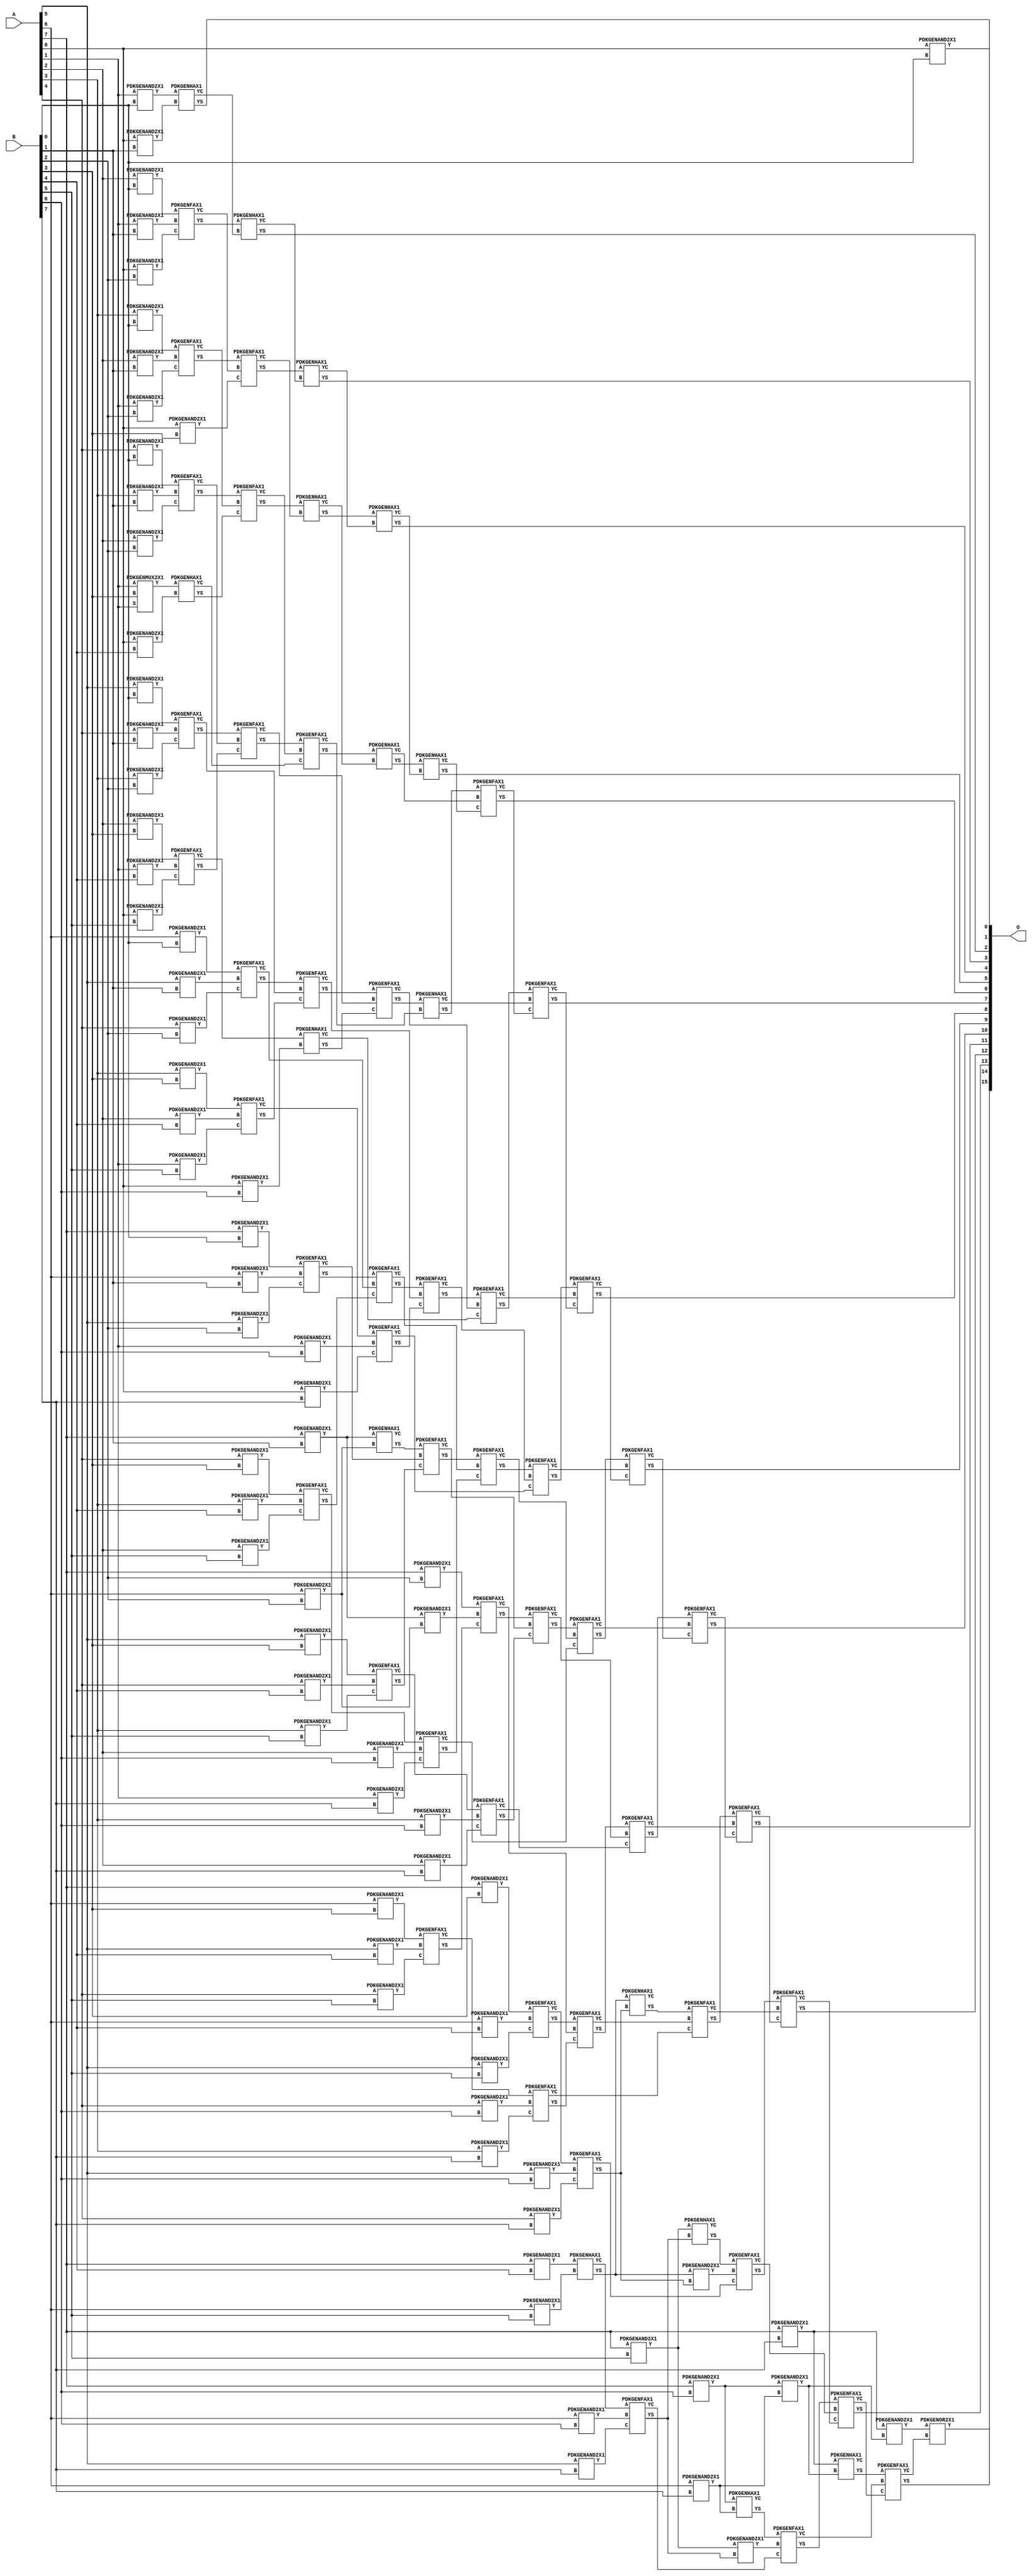
// Library = EvoApprox8b
// Circuit = mul8_027
// Area   (180) = 9176
// Delay  (180) = 3.530
// Power  (180) = 5074.60
// Area   (45) = 660
// Delay  (45) = 1.350
// Power  (45) = 438.60
// Nodes = 133
// HD = 0
// MAE = 0.00000
// MSE = 0.00000
// MRE = 0.00 %
// WCE = 0
// WCRE = 0 %
// EP = 0.0 %

module mul8_027(A, B, O);
  input [7:0] A;
  input [7:0] B;
  output [15:0] O;
  wire [2031:0] N;

  assign N[0] = A[0];
  assign N[1] = A[0];
  assign N[2] = A[1];
  assign N[3] = A[1];
  assign N[4] = A[2];
  assign N[5] = A[2];
  assign N[6] = A[3];
  assign N[7] = A[3];
  assign N[8] = A[4];
  assign N[9] = A[4];
  assign N[10] = A[5];
  assign N[11] = A[5];
  assign N[12] = A[6];
  assign N[13] = A[6];
  assign N[14] = A[7];
  assign N[15] = A[7];
  assign N[16] = B[0];
  assign N[17] = B[0];
  assign N[18] = B[1];
  assign N[19] = B[1];
  assign N[20] = B[2];
  assign N[21] = B[2];
  assign N[22] = B[3];
  assign N[23] = B[3];
  assign N[24] = B[4];
  assign N[25] = B[4];
  assign N[26] = B[5];
  assign N[27] = B[5];
  assign N[28] = B[6];
  assign N[29] = B[6];
  assign N[30] = B[7];
  assign N[31] = B[7];

  PDKGENAND2X1 n32(.A(N[0]), .B(N[16]), .Y(N[32]));
  PDKGENAND2X1 n46(.A(N[2]), .B(N[16]), .Y(N[46]));
  PDKGENAND2X1 n60(.A(N[4]), .B(N[16]), .Y(N[60]));
  PDKGENAND2X1 n76(.A(N[6]), .B(N[16]), .Y(N[76]));
  PDKGENAND2X1 n90(.A(N[8]), .B(N[16]), .Y(N[90]));
  PDKGENAND2X1 n106(.A(N[10]), .B(N[16]), .Y(N[106]));
  PDKGENAND2X1 n120(.A(N[12]), .B(N[16]), .Y(N[120]));
  assign N[121] = N[120];
  PDKGENAND2X1 n134(.A(N[14]), .B(N[16]), .Y(N[134]));
  PDKGENAND2X1 n150(.A(N[0]), .B(N[18]), .Y(N[150]));
  PDKGENAND2X1 n164(.A(N[2]), .B(N[18]), .Y(N[164]));
  PDKGENAND2X1 n180(.A(N[4]), .B(N[18]), .Y(N[180]));
  PDKGENAND2X1 n194(.A(N[6]), .B(N[18]), .Y(N[194]));
  PDKGENAND2X1 n208(.A(N[8]), .B(N[18]), .Y(N[208]));
  PDKGENAND2X1 n224(.A(N[10]), .B(N[18]), .Y(N[224]));
  PDKGENAND2X1 n238(.A(N[12]), .B(N[18]), .Y(N[238]));
  PDKGENAND2X1 n254(.A(N[14]), .B(N[18]), .Y(N[254]));
  PDKGENAND2X1 n268(.A(N[0]), .B(N[20]), .Y(N[268]));
  PDKGENAND2X1 n282(.A(N[2]), .B(N[20]), .Y(N[282]));
  PDKGENAND2X1 n298(.A(N[4]), .B(N[20]), .Y(N[298]));
  PDKGENAND2X1 n312(.A(N[6]), .B(N[20]), .Y(N[312]));
  PDKGENAND2X1 n328(.A(N[8]), .B(N[20]), .Y(N[328]));
  assign N[329] = N[328];
  PDKGENAND2X1 n342(.A(N[10]), .B(N[20]), .Y(N[342]));
  assign N[343] = N[342];
  PDKGENAND2X1 n356(.A(N[12]), .B(N[20]), .Y(N[356]));
  PDKGENAND2X1 n372(.A(N[14]), .B(N[20]), .Y(N[372]));
  PDKGENAND2X1 n386(.A(N[0]), .B(N[22]), .Y(N[386]));
  PDKGENMUX2X1 n402(.A(N[2]), .B(N[22]), .S(N[2]), .Y(N[402]));
  PDKGENAND2X1 n416(.A(N[4]), .B(N[22]), .Y(N[416]));
  PDKGENAND2X1 n432(.A(N[6]), .B(N[22]), .Y(N[432]));
  PDKGENAND2X1 n446(.A(N[8]), .B(N[22]), .Y(N[446]));
  PDKGENAND2X1 n460(.A(N[10]), .B(N[22]), .Y(N[460]));
  PDKGENAND2X1 n476(.A(N[12]), .B(N[22]), .Y(N[476]));
  PDKGENAND2X1 n490(.A(N[14]), .B(N[22]), .Y(N[490]));
  PDKGENAND2X1 n506(.A(N[0]), .B(N[24]), .Y(N[506]));
  PDKGENAND2X1 n520(.A(N[2]), .B(N[24]), .Y(N[520]));
  PDKGENAND2X1 n534(.A(N[4]), .B(N[24]), .Y(N[534]));
  PDKGENAND2X1 n550(.A(N[6]), .B(N[24]), .Y(N[550]));
  PDKGENAND2X1 n564(.A(N[8]), .B(N[24]), .Y(N[564]));
  PDKGENAND2X1 n580(.A(N[10]), .B(N[24]), .Y(N[580]));
  PDKGENAND2X1 n594(.A(N[12]), .B(N[24]), .Y(N[594]));
  PDKGENAND2X1 n608(.A(N[14]), .B(N[24]), .Y(N[608]));
  PDKGENAND2X1 n624(.A(N[0]), .B(N[26]), .Y(N[624]));
  PDKGENAND2X1 n638(.A(N[2]), .B(N[26]), .Y(N[638]));
  PDKGENAND2X1 n654(.A(N[4]), .B(N[26]), .Y(N[654]));
  PDKGENAND2X1 n668(.A(N[6]), .B(N[26]), .Y(N[668]));
  PDKGENAND2X1 n682(.A(N[8]), .B(N[26]), .Y(N[682]));
  PDKGENAND2X1 n698(.A(N[10]), .B(N[26]), .Y(N[698]));
  PDKGENAND2X1 n712(.A(N[12]), .B(N[26]), .Y(N[712]));
  PDKGENAND2X1 n728(.A(N[14]), .B(N[26]), .Y(N[728]));
  PDKGENAND2X1 n742(.A(N[0]), .B(N[28]), .Y(N[742]));
  PDKGENAND2X1 n756(.A(N[2]), .B(N[28]), .Y(N[756]));
  PDKGENAND2X1 n772(.A(N[4]), .B(N[28]), .Y(N[772]));
  PDKGENAND2X1 n786(.A(N[6]), .B(N[28]), .Y(N[786]));
  PDKGENAND2X1 n802(.A(N[8]), .B(N[28]), .Y(N[802]));
  PDKGENAND2X1 n816(.A(N[10]), .B(N[28]), .Y(N[816]));
  PDKGENAND2X1 n832(.A(N[12]), .B(N[28]), .Y(N[832]));
  PDKGENAND2X1 n846(.A(N[14]), .B(N[28]), .Y(N[846]));
  PDKGENAND2X1 n860(.A(N[0]), .B(N[30]), .Y(N[860]));
  PDKGENAND2X1 n876(.A(N[2]), .B(N[30]), .Y(N[876]));
  PDKGENAND2X1 n890(.A(N[4]), .B(N[30]), .Y(N[890]));
  PDKGENAND2X1 n906(.A(N[6]), .B(N[30]), .Y(N[906]));
  PDKGENAND2X1 n920(.A(N[8]), .B(N[30]), .Y(N[920]));
  PDKGENAND2X1 n934(.A(N[10]), .B(N[30]), .Y(N[934]));
  PDKGENAND2X1 n950(.A(N[12]), .B(N[30]), .Y(N[950]));
  PDKGENAND2X1 n964(.A(N[14]), .B(N[30]), .Y(N[964]));
  PDKGENHAX1 n980(.A(N[46]), .B(N[150]), .YS(N[980]), .YC(N[981]));
  PDKGENFAX1 n994(.A(N[60]), .B(N[164]), .C(N[268]), .YS(N[994]), .YC(N[995]));
  PDKGENFAX1 n1008(.A(N[76]), .B(N[180]), .C(N[282]), .YS(N[1008]), .YC(N[1009]));
  PDKGENFAX1 n1024(.A(N[90]), .B(N[194]), .C(N[298]), .YS(N[1024]), .YC(N[1025]));
  PDKGENFAX1 n1038(.A(N[106]), .B(N[208]), .C(N[312]), .YS(N[1038]), .YC(N[1039]));
  PDKGENFAX1 n1054(.A(N[121]), .B(N[224]), .C(N[329]), .YS(N[1054]), .YC(N[1055]));
  PDKGENFAX1 n1068(.A(N[134]), .B(N[238]), .C(N[343]), .YS(N[1068]), .YC(N[1069]));
  PDKGENAND2X1 n1082(.A(N[254]), .B(N[356]), .Y(N[1082]));
  PDKGENHAX1 n1098(.A(N[254]), .B(N[356]), .YS(N[1098]), .YC(N[1099]));
  PDKGENHAX1 n1112(.A(N[402]), .B(N[506]), .YS(N[1112]), .YC(N[1113]));
  PDKGENFAX1 n1128(.A(N[416]), .B(N[520]), .C(N[624]), .YS(N[1128]), .YC(N[1129]));
  PDKGENFAX1 n1142(.A(N[432]), .B(N[534]), .C(N[638]), .YS(N[1142]), .YC(N[1143]));
  PDKGENFAX1 n1156(.A(N[446]), .B(N[550]), .C(N[654]), .YS(N[1156]), .YC(N[1157]));
  PDKGENFAX1 n1172(.A(N[460]), .B(N[564]), .C(N[668]), .YS(N[1172]), .YC(N[1173]));
  PDKGENFAX1 n1186(.A(N[476]), .B(N[580]), .C(N[682]), .YS(N[1186]), .YC(N[1187]));
  PDKGENFAX1 n1202(.A(N[490]), .B(N[594]), .C(N[698]), .YS(N[1202]), .YC(N[1203]));
  PDKGENHAX1 n1232(.A(N[608]), .B(N[712]), .YS(N[1232]), .YC(N[1233]));
  PDKGENHAX1 n1246(.A(N[994]), .B(N[981]), .YS(N[1246]), .YC(N[1247]));
  PDKGENFAX1 n1260(.A(N[1008]), .B(N[995]), .C(N[386]), .YS(N[1260]), .YC(N[1261]));
  PDKGENFAX1 n1276(.A(N[1024]), .B(N[1009]), .C(N[1112]), .YS(N[1276]), .YC(N[1277]));
  PDKGENFAX1 n1290(.A(N[1038]), .B(N[1025]), .C(N[1128]), .YS(N[1290]), .YC(N[1291]));
  PDKGENFAX1 n1306(.A(N[1054]), .B(N[1039]), .C(N[1142]), .YS(N[1306]), .YC(N[1307]));
  PDKGENFAX1 n1320(.A(N[1068]), .B(N[1055]), .C(N[1156]), .YS(N[1320]), .YC(N[1321]));
  PDKGENFAX1 n1334(.A(N[1098]), .B(N[1069]), .C(N[1172]), .YS(N[1334]), .YC(N[1335]));
  PDKGENFAX1 n1350(.A(N[372]), .B(N[1082]), .C(N[1186]), .YS(N[1350]), .YC(N[1351]));
  PDKGENHAX1 n1364(.A(N[1129]), .B(N[742]), .YS(N[1364]), .YC(N[1365]));
  PDKGENFAX1 n1380(.A(N[1143]), .B(N[756]), .C(N[860]), .YS(N[1380]), .YC(N[1381]));
  PDKGENFAX1 n1394(.A(N[1157]), .B(N[772]), .C(N[876]), .YS(N[1394]), .YC(N[1395]));
  PDKGENFAX1 n1408(.A(N[1173]), .B(N[786]), .C(N[890]), .YS(N[1408]), .YC(N[1409]));
  PDKGENFAX1 n1424(.A(N[1187]), .B(N[802]), .C(N[906]), .YS(N[1424]), .YC(N[1425]));
  PDKGENFAX1 n1438(.A(N[1203]), .B(N[816]), .C(N[920]), .YS(N[1438]), .YC(N[1439]));
  PDKGENFAX1 n1454(.A(N[1233]), .B(N[832]), .C(N[934]), .YS(N[1454]), .YC(N[1455]));
  PDKGENAND2X1 n1468(.A(N[846]), .B(N[950]), .Y(N[1468]));
  PDKGENHAX1 n1482(.A(N[846]), .B(N[950]), .YS(N[1482]), .YC(N[1483]));
  PDKGENHAX1 n1498(.A(N[1260]), .B(N[1247]), .YS(N[1498]), .YC(N[1499]));
  PDKGENHAX1 n1512(.A(N[1276]), .B(N[1261]), .YS(N[1512]), .YC(N[1513]));
  PDKGENFAX1 n1528(.A(N[1290]), .B(N[1277]), .C(N[1113]), .YS(N[1528]), .YC(N[1529]));
  PDKGENFAX1 n1542(.A(N[1306]), .B(N[1291]), .C(N[1364]), .YS(N[1542]), .YC(N[1543]));
  PDKGENFAX1 n1556(.A(N[1320]), .B(N[1307]), .C(N[1380]), .YS(N[1556]), .YC(N[1557]));
  PDKGENFAX1 n1572(.A(N[1334]), .B(N[1321]), .C(N[1394]), .YS(N[1572]), .YC(N[1573]));
  PDKGENFAX1 n1586(.A(N[1350]), .B(N[1335]), .C(N[1408]), .YS(N[1586]), .YC(N[1587]));
  PDKGENFAX1 n1602(.A(N[1202]), .B(N[1351]), .C(N[1424]), .YS(N[1602]), .YC(N[1603]));
  PDKGENAND2X1 n1616(.A(N[1232]), .B(N[1438]), .Y(N[1616]));
  PDKGENHAX1 n1632(.A(N[1232]), .B(N[1438]), .YS(N[1632]), .YC(N[1633]));
  PDKGENAND2X1 n1646(.A(N[728]), .B(N[1454]), .Y(N[1646]));
  PDKGENHAX1 n1660(.A(N[728]), .B(N[1454]), .YS(N[1660]), .YC(N[1661]));
  PDKGENHAX1 n1676(.A(N[1512]), .B(N[1499]), .YS(N[1676]), .YC(N[1677]));
  PDKGENHAX1 n1690(.A(N[1528]), .B(N[1513]), .YS(N[1690]), .YC(N[1691]));
  PDKGENHAX1 n1706(.A(N[1542]), .B(N[1529]), .YS(N[1706]), .YC(N[1707]));
  PDKGENFAX1 n1720(.A(N[1556]), .B(N[1543]), .C(N[1365]), .YS(N[1720]), .YC(N[1721]));
  PDKGENFAX1 n1734(.A(N[1572]), .B(N[1557]), .C(N[1381]), .YS(N[1734]), .YC(N[1735]));
  PDKGENFAX1 n1750(.A(N[1586]), .B(N[1573]), .C(N[1395]), .YS(N[1750]), .YC(N[1751]));
  PDKGENFAX1 n1764(.A(N[1602]), .B(N[1587]), .C(N[1409]), .YS(N[1764]), .YC(N[1765]));
  PDKGENFAX1 n1780(.A(N[1632]), .B(N[1603]), .C(N[1425]), .YS(N[1780]), .YC(N[1781]));
  PDKGENFAX1 n1794(.A(N[1660]), .B(N[1616]), .C(N[1439]), .YS(N[1794]), .YC(N[1795]));
  PDKGENFAX1 n1808(.A(N[1482]), .B(N[1646]), .C(N[1455]), .YS(N[1808]), .YC(N[1809]));
  PDKGENAND2X1 n1824(.A(N[964]), .B(N[1468]), .Y(N[1824]));
  PDKGENHAX1 n1838(.A(N[964]), .B(N[1468]), .YS(N[1838]), .YC(N[1839]));
  PDKGENHAX1 n1854(.A(N[1690]), .B(N[1677]), .YS(N[1854]), .YC(N[1855]));
  PDKGENFAX1 n1868(.A(N[1706]), .B(N[1691]), .C(N[1855]), .YS(N[1868]), .YC(N[1869]));
  PDKGENFAX1 n1882(.A(N[1720]), .B(N[1707]), .C(N[1869]), .YS(N[1882]), .YC(N[1883]));
  PDKGENFAX1 n1898(.A(N[1734]), .B(N[1721]), .C(N[1883]), .YS(N[1898]), .YC(N[1899]));
  PDKGENFAX1 n1912(.A(N[1750]), .B(N[1735]), .C(N[1899]), .YS(N[1912]), .YC(N[1913]));
  PDKGENFAX1 n1928(.A(N[1764]), .B(N[1751]), .C(N[1913]), .YS(N[1928]), .YC(N[1929]));
  PDKGENFAX1 n1942(.A(N[1780]), .B(N[1765]), .C(N[1929]), .YS(N[1942]), .YC(N[1943]));
  PDKGENFAX1 n1956(.A(N[1794]), .B(N[1781]), .C(N[1943]), .YS(N[1956]), .YC(N[1957]));
  PDKGENFAX1 n1972(.A(N[1808]), .B(N[1795]), .C(N[1957]), .YS(N[1972]), .YC(N[1973]));
  PDKGENFAX1 n1986(.A(N[1838]), .B(N[1809]), .C(N[1973]), .YS(N[1986]), .YC(N[1987]));
  PDKGENOR2X1 n2016(.A(N[1824]), .B(N[1987]), .Y(N[2016]));

  assign O[0] = N[32];
  assign O[1] = N[980];
  assign O[2] = N[1246];
  assign O[3] = N[1498];
  assign O[4] = N[1676];
  assign O[5] = N[1854];
  assign O[6] = N[1868];
  assign O[7] = N[1882];
  assign O[8] = N[1898];
  assign O[9] = N[1912];
  assign O[10] = N[1928];
  assign O[11] = N[1942];
  assign O[12] = N[1956];
  assign O[13] = N[1972];
  assign O[14] = N[1986];
  assign O[15] = N[2016];

endmodule
/* mod */
module PDKGENMUX2X1( input A, input B, input S, output Y );
    assign Y = (A & ~S) | (B & S);
endmodule
/* mod */
module PDKGENHAX1( input A, input B, output YS, output YC );
    assign YS = A ^ B;
    assign YC = A & B;
endmodule
/* mod */
module PDKGENOR2X1(input A, input B, output Y );
     assign Y = A | B;
endmodule
/* mod */
module PDKGENAND2X1(input A, input B, output Y );
     assign Y = A & B;
endmodule
/* mod */
module PDKGENFAX1( input A, input B, input C, output YS, output YC );
    assign YS = (A ^ B) ^ C;
    assign YC = (A & B) | (B & C) | (A & C);
endmodule